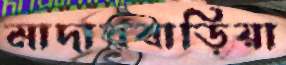
মাদারবাড়িয়া